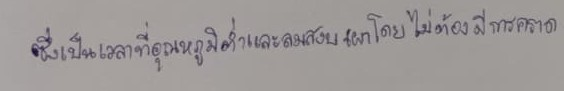
ซึ่งเป็นเวลาที่อุณหภูมิต่ำและลมสงบเผาโดยไม่ต้องมีการคราด